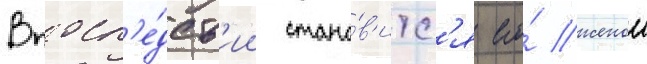
Впосл'е́дств'ии стано́в'итс'я его́ женои